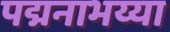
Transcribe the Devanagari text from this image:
पद्मनाभय्या